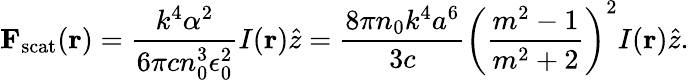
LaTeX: \mathbf{F}_{\mathrm{scat}}(\mathbf{r})={\frac{k^{4}\alpha^{2}}{6\pi cn_{0}^{3}\epsilon_{0}^{2}}}I(\mathbf{r}){\hat{z}}={\frac{8\pi n_{0}k^{4}a^{6}}{3c}}\left({\frac{m^{2}-1}{m^{2}+2}}\right)^{2}I(\mathbf{r}){\hat{z}}.